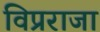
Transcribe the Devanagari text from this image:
विप्रराजा